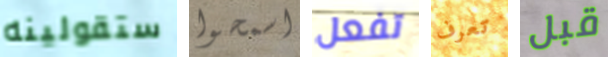
ستقولينه اسمحوا تفعل تعرف قبل